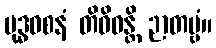
ဗုဒ္ဓဝစနံ တိဝိဓန္တိ ဉာတဗ္ဗံ။